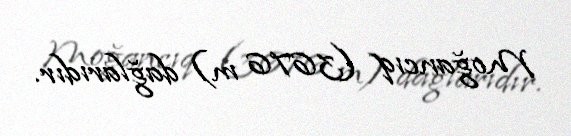
Moğancıq (3676 m) dağlarıdır.